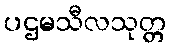
ပဌမသီလသုတ္တ